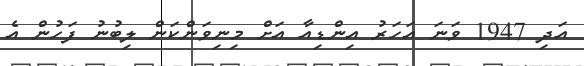
އަދި 1947 ވަނަ އަހަރު އިންޑިއާ އަށް މިނިވަންކަން ލިބުނު ފަހުން އެ